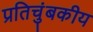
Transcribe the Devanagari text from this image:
प्रतिचुंबकीय